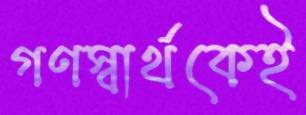
গণস্বার্থকেই